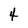
Character: 4